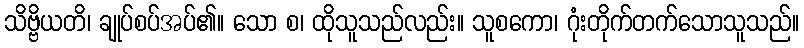
သိဗ္ဗိယတိ၊ ချုပ်စပ်အပ်၏။ သော စ၊ ထိုသူသည်လည်း။ သူစကော၊ ဂုံးတိုက်တက်သောသူသည်။